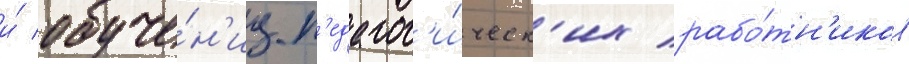
и́ обуче́н'иу п'едагог'и́ческ'их рабо́тн'иков